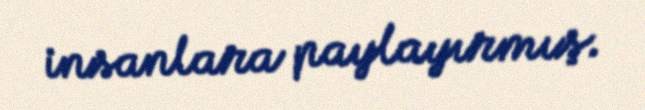
insanlara paylayırmış.